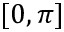
[ 0 , \pi ]